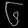
Digit: ၆